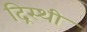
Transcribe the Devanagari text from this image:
द्रिस्थी